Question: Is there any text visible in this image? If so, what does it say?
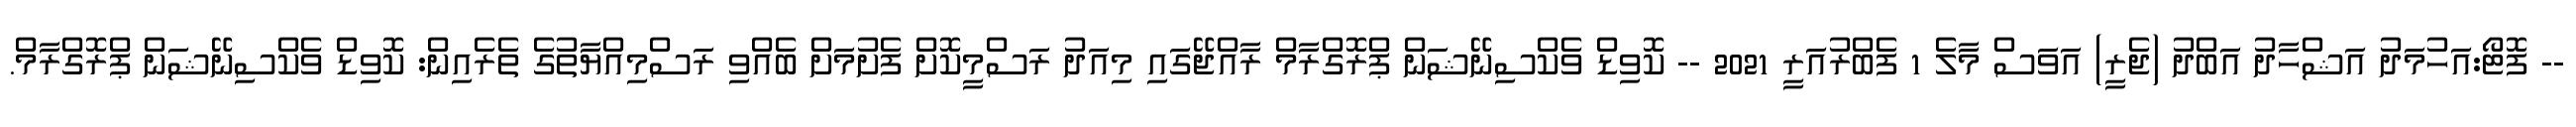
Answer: -- ފޮޓޯ:އަހުމަދު އަޝްހާދު އަބްދު (ޖެރީ) އަވަސް މާލެ 1 ފެބްރުއަރީ 2021 -- ކޮވިޑް ވެކްސިނޭޝަން ޕްރޮގްރާމް ރާއްޖޭގައި މިއަދު ރަސްމީކޮށް ފެށުމަށް ބެއްވި ރަސްމިއްޔާތުގެ ތެރެއިން: ކޮވިޑް ވެކްސިނޭޝަން ޕްރޮގްރާމް.